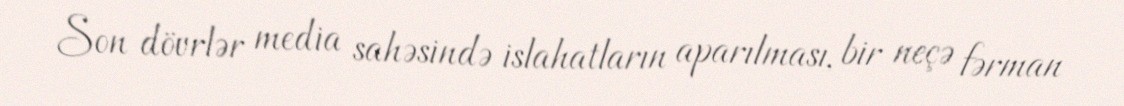
Son dövrlər media sahəsində islahatların aparılması, bir neçə fərman